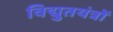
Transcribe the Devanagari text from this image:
विद्युतयंत्रों